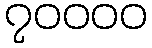
၇၀၀၀၀